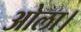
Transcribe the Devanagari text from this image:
ओला।